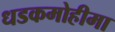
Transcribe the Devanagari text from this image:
धडकमोहीमा